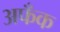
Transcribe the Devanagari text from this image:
अफँक